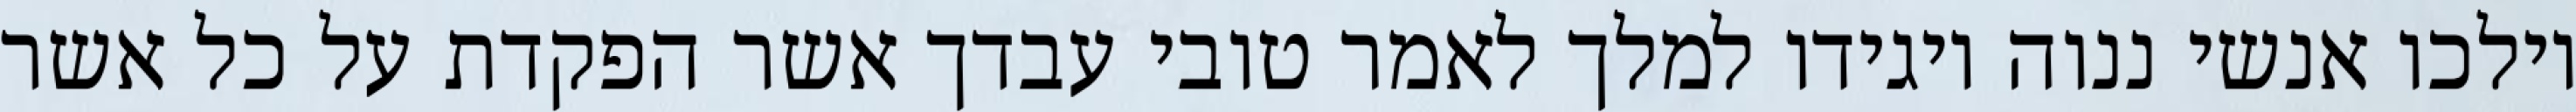
וילכו אנשי ננוה ויגידו למלך לאמר טובי עבדך אשר הפקדת על כל אשר